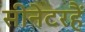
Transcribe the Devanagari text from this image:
सीनेटरहैं